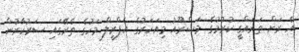
އެ ރަށް ތަރައްގީ ކުރުމުގެ މަޝްރޫއު މިއަހަރުގެ އެޕްރީލް މަހުގެ ތެރޭގައި ސަރުކާރުން